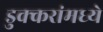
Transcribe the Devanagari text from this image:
डुक्करांमध्ये